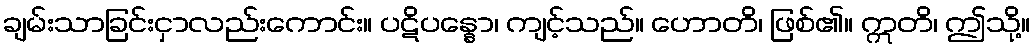
ချမ်းသာခြင်းငှာလည်းကောင်း။ ပဋိပန္နော၊ ကျင့်သည်။ ဟောတိ၊ ဖြစ်၏။ ဣတိ၊ ဤသို့။